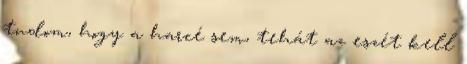
tudom, hogy a harcé sem, tehát az eszét kell